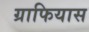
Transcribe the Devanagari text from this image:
ग्राफियास